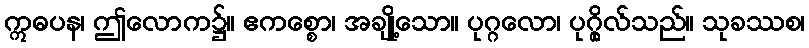
ဣဓပန၊ ဤလောက၌။ ဧကစ္စော၊ အချို့သော။ ပုဂ္ဂလော၊ ပုဂ္ဂိုလ်သည်။ သုခဿစ၊